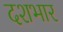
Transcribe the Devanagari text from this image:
दशभार